Indian journal of veterinary science and animal husbandry - Volume 6,
Year: 1936
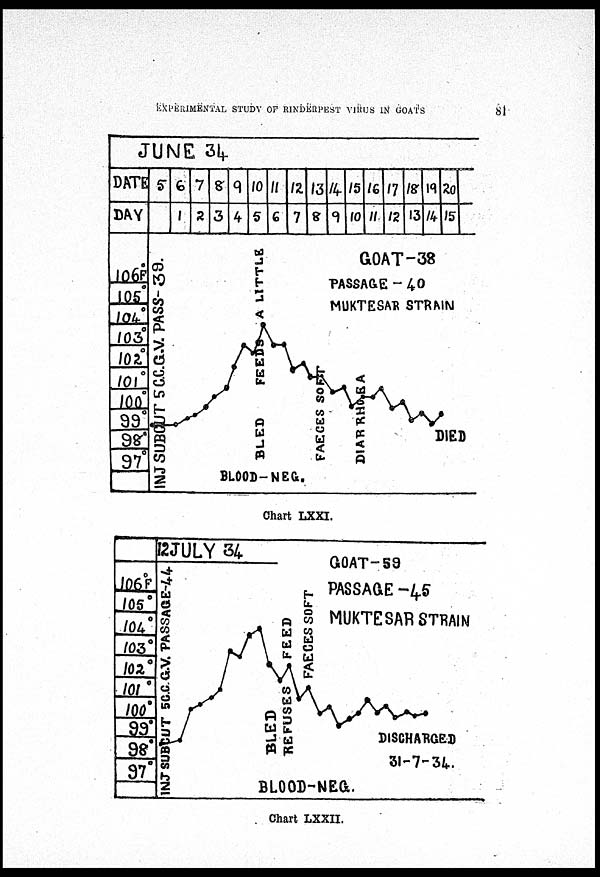
EXPERIMENTAL STUDY OF RINDERPEST VIRUS IN GOATS
81
Chart LXXI.
Chart LXXII.